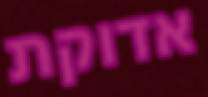
אדוקת